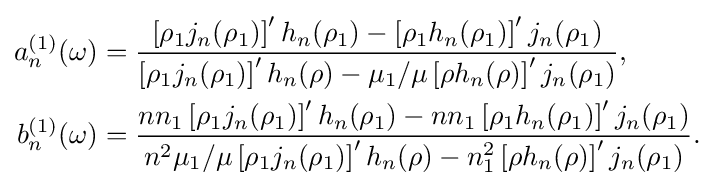
{\begin{aligned}a_{n}^{(1)}(\omega )&={\frac {\left[\rho _{1}j_{n}(\rho _{1})\right]'h_{n}(\rho _{1})-\left[\rho _{1}h_{n}(\rho _{1})\right]'j_{n}(\rho _{1})}{\left[\rho _{1}j_{n}(\rho _{1})\right]'h_{n}(\rho )-\mu _{1}/\mu \left[\rho h_{n}(\rho )\right]'j_{n}(\rho _{1})}},\\b_{n}^{(1)}(\omega )&={\frac {nn_{1}\left[\rho _{1}j_{n}(\rho _{1})\right]'h_{n}(\rho _{1})-nn_{1}\left[\rho _{1}h_{n}(\rho _{1})\right]'j_{n}(\rho _{1})}{n^{2}\mu _{1}/\mu \left[\rho _{1}j_{n}(\rho _{1})\right]'h_{n}(\rho )-n_{1}^{2}\left[\rho h_{n}(\rho )\right]'j_{n}(\rho _{1})}}.\end{aligned}}